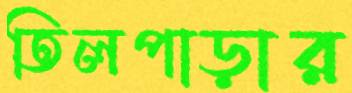
তিলপাড়ার